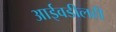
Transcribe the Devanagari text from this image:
आईवडीलही